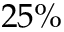
2 5 \%